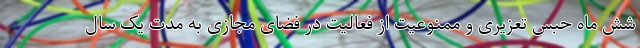
شش ماه حبس تعزیری و ممنوعیت از فعالیت در فضای مجازی به مدت یک سال